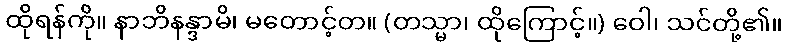
ထိုရန်ကို။ နာဘိနန္ဒာမိ၊ မတောင့်တ။ (တသ္မာ၊ ထိုကြောင့်။) ဝေါ၊ သင်တို့၏။